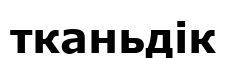
тканьдік